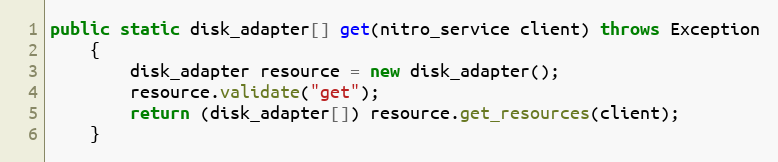
Language: Java
public static disk_adapter[] get(nitro_service client) throws Exception
	{
		disk_adapter resource = new disk_adapter();
		resource.validate("get");
		return (disk_adapter[]) resource.get_resources(client);
	}